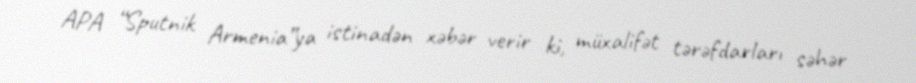
APA “Sputnik Armenia”ya istinadən xəbər verir ki, müxalifət tərəfdarları səhər